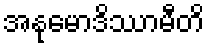
အနုမောဒိဿာမီတိ